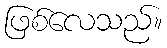
ဖြစ်လေသည်။